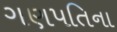
ગણપતિના